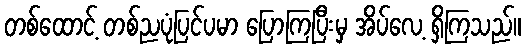
တစ်ထောင့် တစ်ညပုံပြင်ပမာ ပြောကြပြီးမှ အိပ်လေ့ ရှိကြသည်။